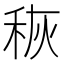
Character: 𮃃